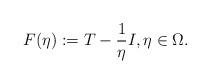
LaTeX: \begin{align*}F(\eta):=T-\frac{1}{\eta}I, \eta \in \Omega.\end{align*}